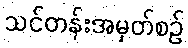
သင်တန်းအမှတ်စဉ်